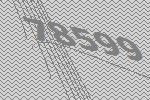
78599